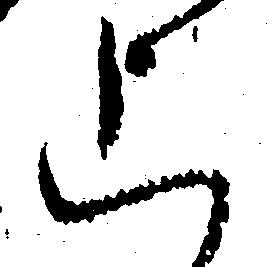
上